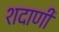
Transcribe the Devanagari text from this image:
शदाणी